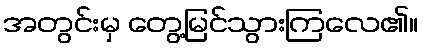
အတွင်းမှ တွေ့မြင်သွားကြလေ၏။